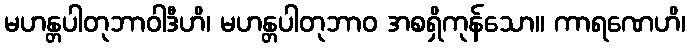
မဟန္တပါတုဘာဝါဒီဟိ၊ မဟန္တပါတုဘာဝ အစရှိကုန်သော။ ကာရဏေဟိ၊